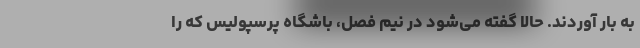
به بار آوردند. حالا گفته می‌شود در نیم فصل، باشگاه پرسپولیس که را